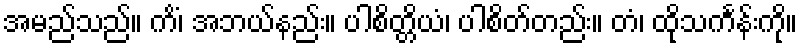
အမည်သည်။ ကိံ၊ အဘယ်နည်း။ ပါစိတ္တိယံ၊ ပါစိတ်တည်း။ တံ၊ ထိုသင်္ကန်းကို။